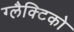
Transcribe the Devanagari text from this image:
ग्‍लैक्टिको